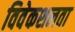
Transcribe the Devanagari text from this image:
विवेकशलता